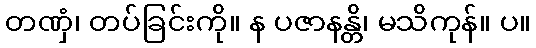
တဏှံ၊ တပ်ခြင်းကို။ န ပဇာနန္တိ၊ မသိကုန်။ ပ။